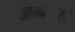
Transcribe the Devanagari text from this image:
अम्ब्रास